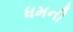
ધમની